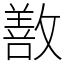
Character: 敾